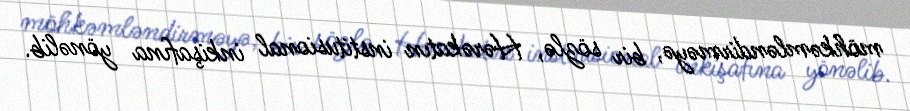
möhkəmləndirməyə, bir sözlə, Hərəkatın institusional inkişafına yönəlib.